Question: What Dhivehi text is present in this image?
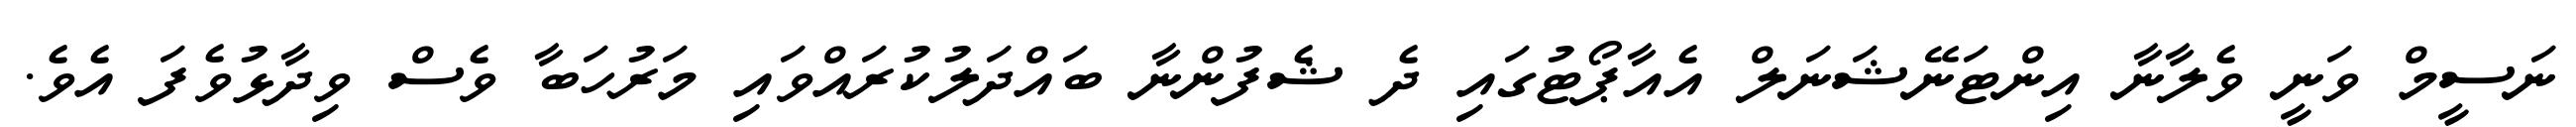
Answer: ނަސީމް ވަނީ ވެލާނާ އިންޓަނޭޝަނަލް އެއާޕޯޓުގައި ދެ ޝެފުންނާ ބައްދަލުކުރައްވައި މަރުހަބާ ވެސް ވިދާޅުވެފަ އެވެ.